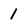
Character: 1